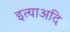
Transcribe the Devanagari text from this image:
इत्याअदि